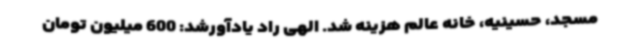
مسجد، حسینیه، خانه عالم هزینه شد. الهی راد یادآورشد: 600 میلیون تومان